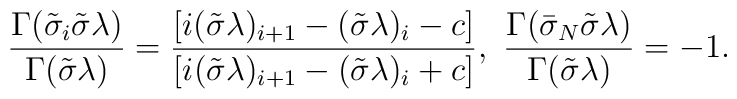
\frac{\Gamma(\tilde{\sigma}_i\tilde{\sigma}\lambda)}{\Gamma(\tilde{\sigma}\lambda)}=\frac{[i(\tilde{\sigma} \lambda)_{i+1}-(\tilde{\sigma} \lambda)_i-c]}     {[i(\tilde{\sigma} \lambda)_{i+1}-(\tilde{\sigma}\lambda)_i+c]},\,\,\frac{\Gamma(\bar{\sigma}_N\tilde{\sigma}\lambda)}{\Gamma(\tilde{\sigma}\lambda)}=-1.